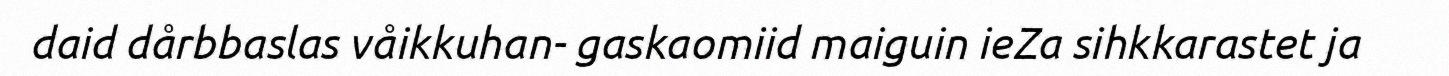
daid dårbbaslas våikkuhan- gaskaomiid maiguin ieZa sihkkarastet ja